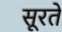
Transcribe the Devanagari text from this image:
सूरते